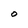
Character: O